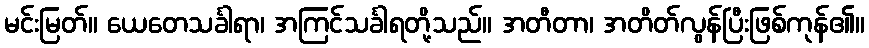
မင်းမြတ်။ ယေတေသင်္ခါရာ၊ အကြင်သင်္ခါရတို့သည်။ အတီတာ၊ အတိတ်လွန်ပြီးဖြစ်ကုန်၏။